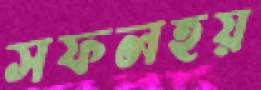
সফলহয়